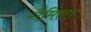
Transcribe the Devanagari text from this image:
गैमिला